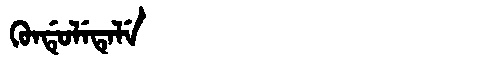
Manchu: ᡴᡠᠨᡩᡠᠯᡝᡨᡝᠯᡝ
Romanization: KUNDULETELE